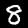
Digit: 8